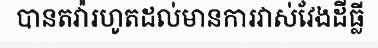
បានតវ៉ារហូតដល់មានការវាស់វែងដីធ្លី